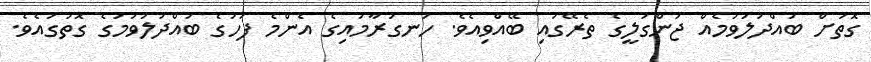
ގޮތަށް ބައްދަލުވުމެއް ޖަންގަލީގެ ތެރޭގައި ބޭއްވިއެވެ. ހަނގުރާމައިގެ އެންމެ ފަހުގެ ބައްދަލުވުމުގެ ގޮތުގައެވެ.